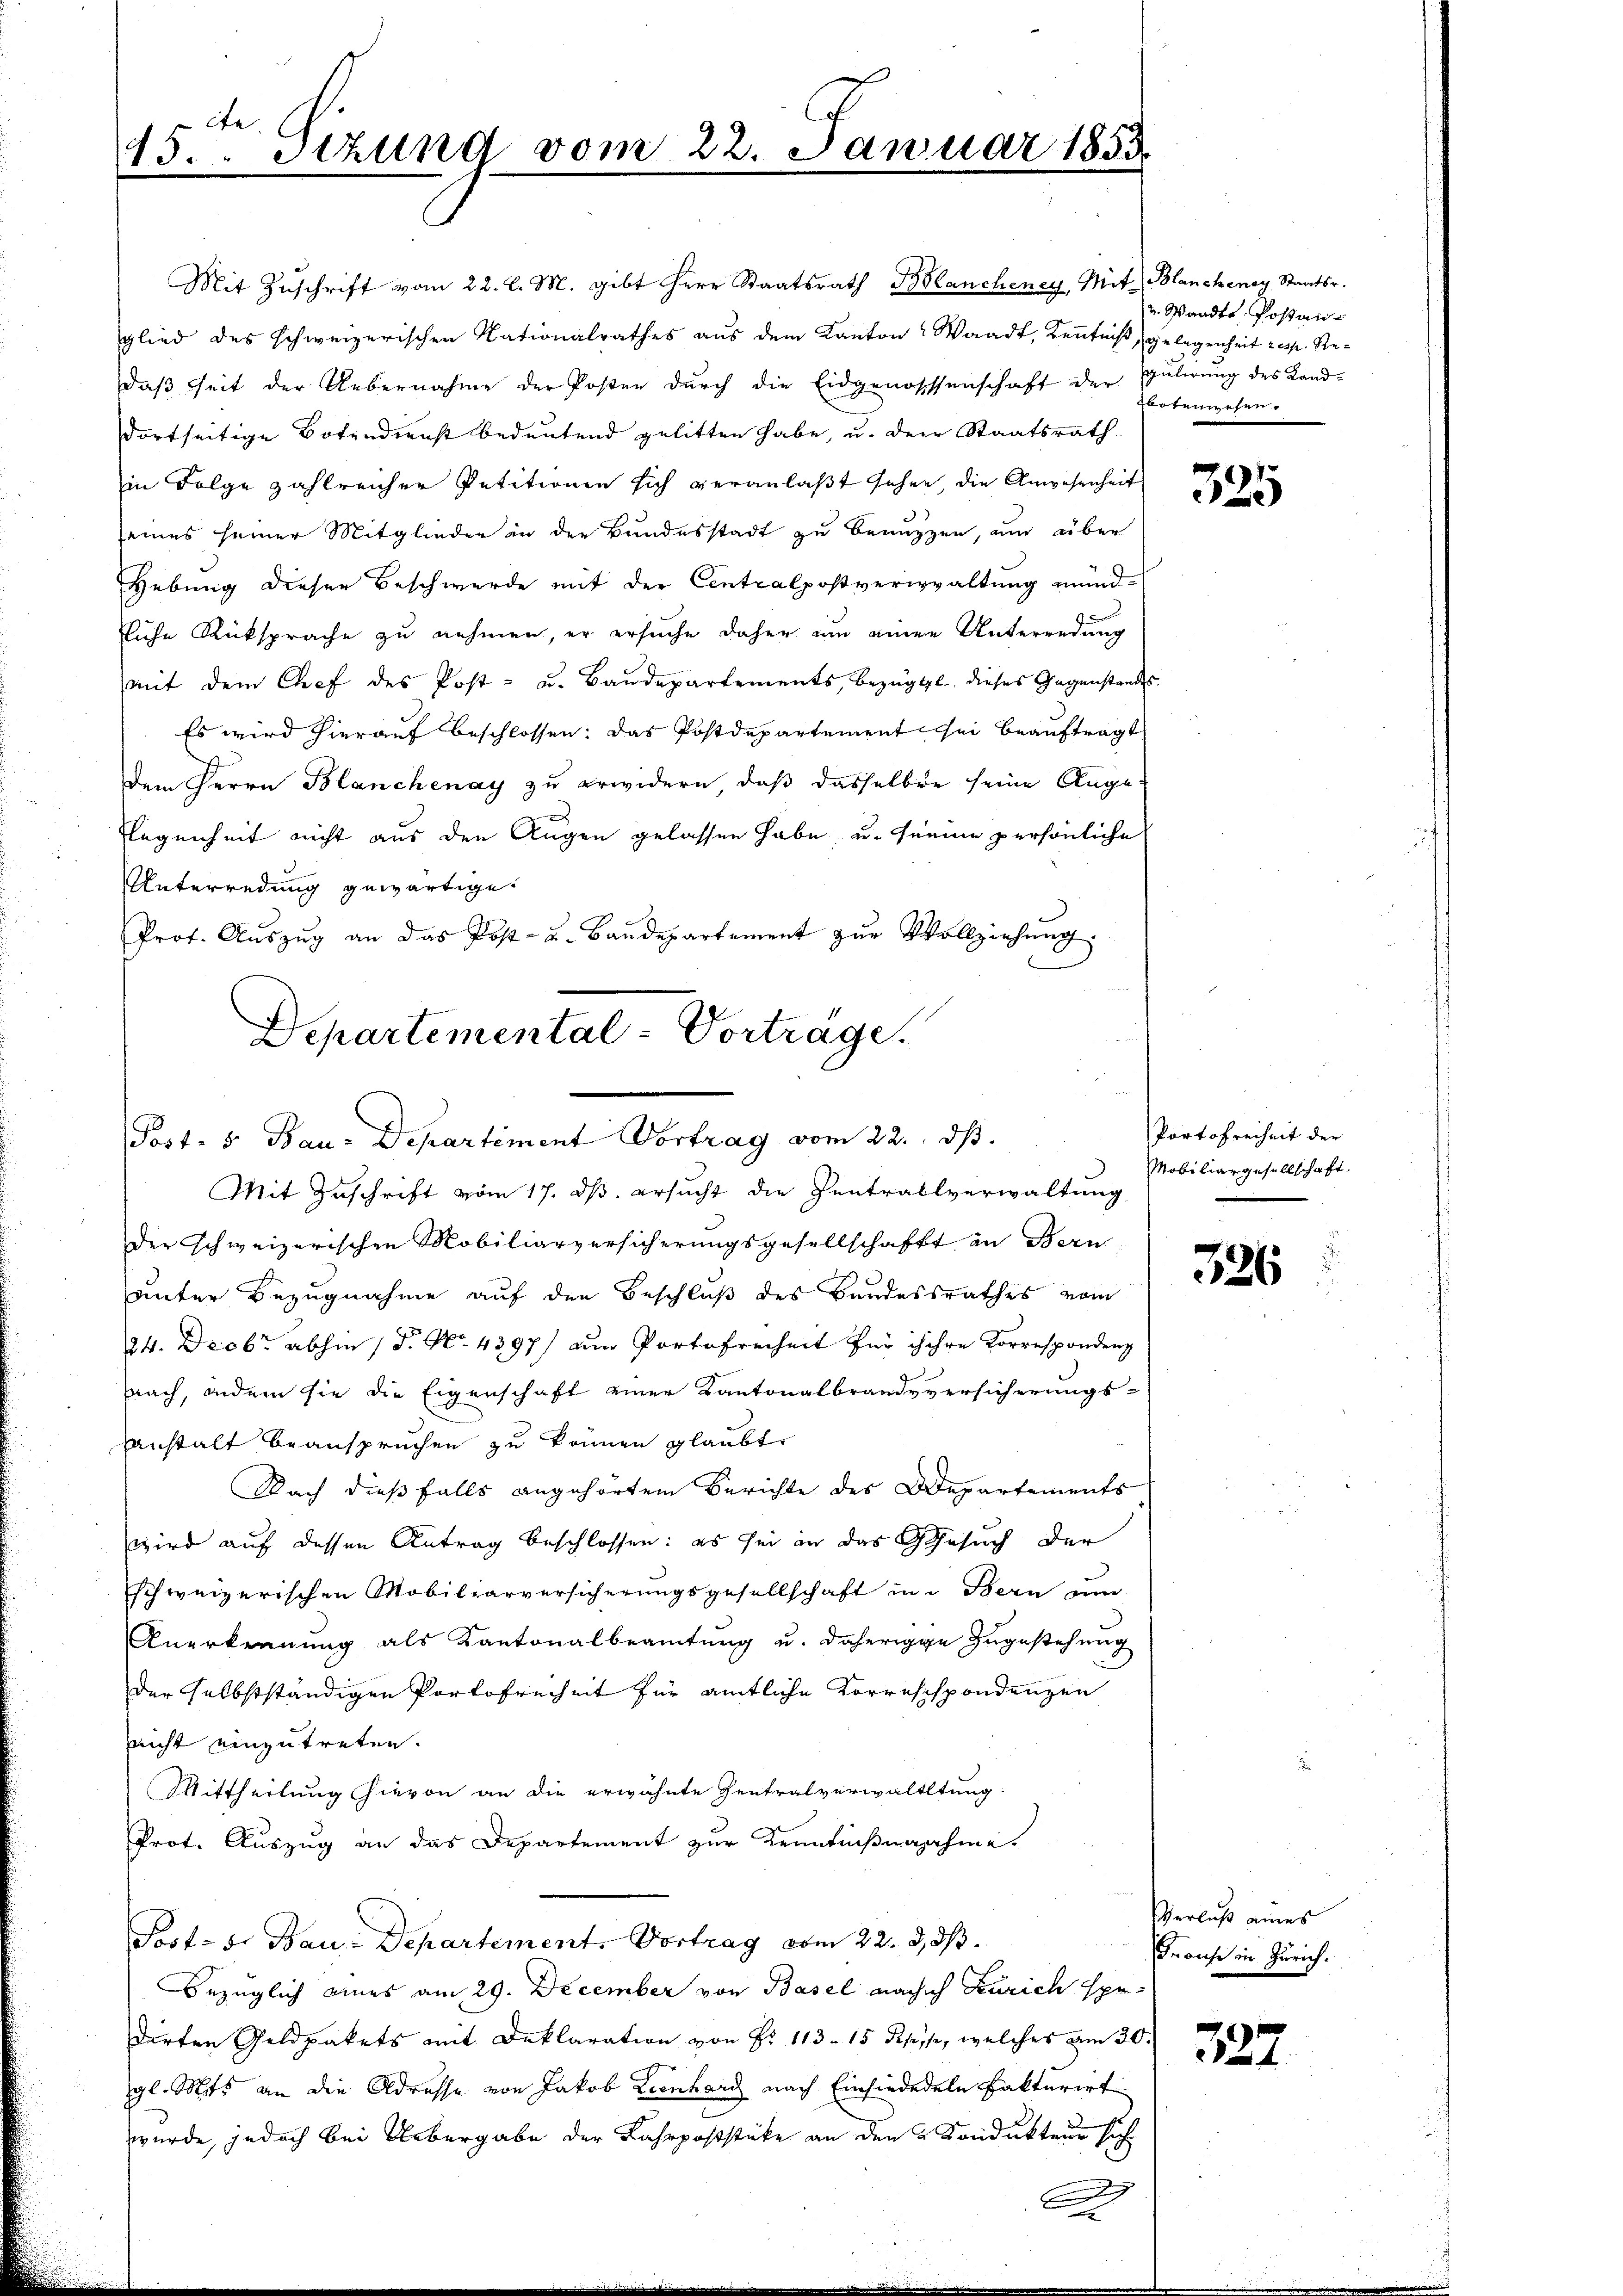
cte.
45. Sizung vom 22. Januar 1853.

Mit Zŭschrift vom 22. d. M. gibt Herr Staatsrath Blancheney, Mit Blanchenay, Staatsr.
glied des schweizerischen Nationalrathes aus dem Kanton Waadt, Kenntniß, gelegenheit resp. Redaß seit der Uebernahme der Posten durch die Eidgenosssenschaft der Gulirung des Landdortseitige Botendienst bedeutend gelitten habe, u. der Staatsrath
in Folge zahlreicher Petitionen sich veranlaßt sehen, die Anwesenheit
seines seiner Mitglieder in der Bundesstadt zu benuzzen, und über
Hebung dieser Beschwerde mit der Centralpostverwaltung mündliche Rüksprache zu nehmen, er ersuche daher um einen Unterredung
mit dem Chef des Post- u. Baudepartements, bezügl. dieses Gegenstandes
Es wird hierauf beschlossen: das Postdepartement sei beauftragt
dem Herrn Blanchenay zu erwidern, daß dasselben seine Ange¬
Flegenheit nicht aus den Augen gelassen habe, u. feine persönliche
Unterredung gewärtiget
Prot. Aŭszŭg an das Post- u. Baŭdepartement zŭr Vollziehŭng
Departemental-Vorträge.

Post- 5. Bau-Departiment Vortrag vom 22. dβ.

Mit Zuschrift vom 17. ds. ersucht die Centrallverwaltung
Der schweizerischen Mobiliarversicherungsgesellschafft in Bern
unter Bezugnahme auf den Beschluß des Bundesrathes vom
24. Drob. abhin 1. No. 4397) am Portofreiheit für ihre Korrespondenz
nach, indern sie die Eigenschaft einer Kantonalbrandversicherungs-
sanstalt beanspruchen zu können glaubt.
Nach dießfalls angehörtem Berichte des Departements
wird auf dessen Antrag beschlossen: es sei in das Gesuch der
schweizerischen Mobiliarversicherungsgesellschaft in Bern zum
Anerkennung als Kantonalbeamtung u. daherige Zugestehung
der selbstständigen Portofreiheit für amtliche Korrespondenzen
nicht einzutreten.
Mittheilung hievon an die erwähnte Zentralverwaltltung
Prot. Auszug an das Departement zur Kenntnißnahme.
Post- u. Bau-Departement. Vortrag vom 22. d. d.
Bezüglich eines am 29. December von Basel nachsich Zürich spr
dirten Geldpakets mit Deklaration von Fr. 113. 15 Pepisse, welches am 30.
gl. Mits an die Adresse von Jakob Lienhard nach Einsiededeln Fakterirt
wurde, jedoch bei Uebergabe der Lahrpoststüke an den Kondukteur sich

g

2 Wandte Postanbotenwesen.

325

Portofreiheit der
Mobiliargesellschaft.

326

Verlaß eines
Franke in Zürich.

327.